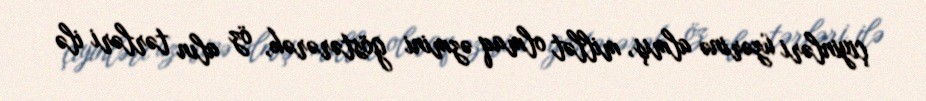
çiyinləri üzərinə almış, millət olmaq əzmini göstərərək, öz alın tərləri ilə